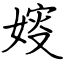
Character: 㛮